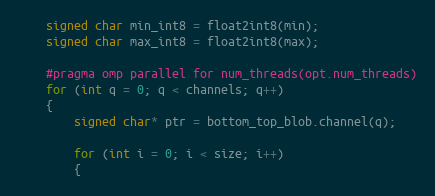
Language: C++
    signed char min_int8 = float2int8(min);
    signed char max_int8 = float2int8(max);

    #pragma omp parallel for num_threads(opt.num_threads)
    for (int q = 0; q < channels; q++)
    {
        signed char* ptr = bottom_top_blob.channel(q);

        for (int i = 0; i < size; i++)
        {